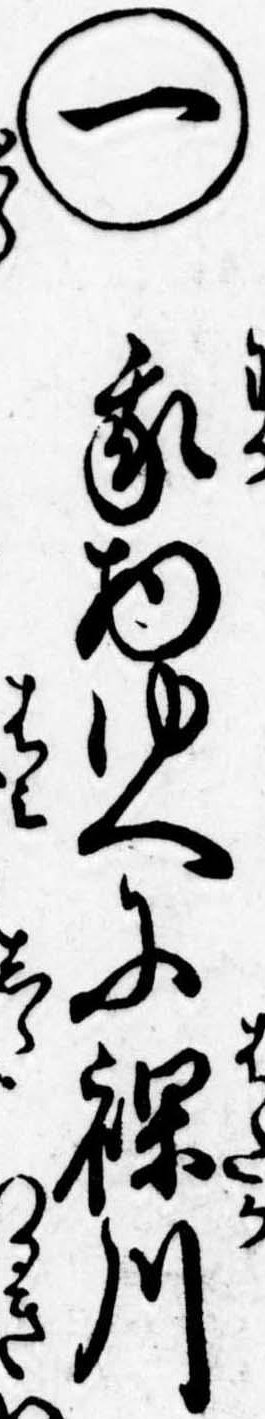
㊀我物ゆへに裸川